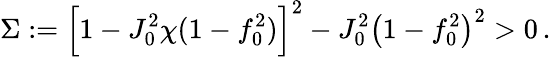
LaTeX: \Sigma:=\Big[1-J_{0}^{2}\chi(1-f_{0}^{2})\Big]^{2}-J_{0}^{2}\big(1-f_{0}^{2}\big)^{2}>0\, .